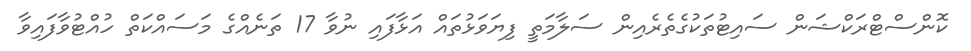
ކޮންސްޓްރަކްޝަން ސައިޓުތަކުގެތެރެއިން ސަލާމަތީ ފިޔަވަޅުތައް އަޅާފައި ނުވާ 17 ތަނެއްގެ މަސައްކަތް ހުއްޓުވާފައިވާ